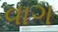
વાગ